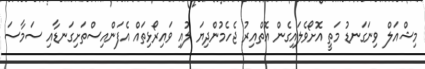
މިޝްއަލް ވިނަގަނޑު މަތީ އޮށޯވެލައިގެން އޮތްއިރު ޖެހެމުންދިޔަ ލުއި ވައިރޯޅިތައް އެފަންއިސްތަށިގަނޑާއި ސަމާސަ